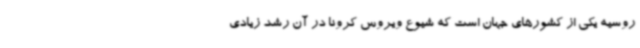
روسیه یکی از کشورهای جهان است که شیوع ویروس کرونا در آن رشد زیادی